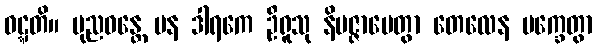
ဝဋ္ဋတိ။ ပုညဝန္တေ ပန ဒါရကေ ဦရူသု နိပဇ္ဇာပေတွာ တေလေန မက္ခေတွာ